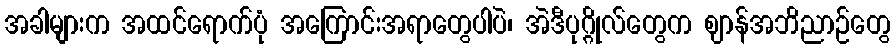
အခါများက အထင်ရောက်ပုံ အကြောင်းအရာတွေပါပဲ၊ အဲဒီပုဂ္ဂိုလ်တွေက ဈာန်အဘိညာဉ်တွေ